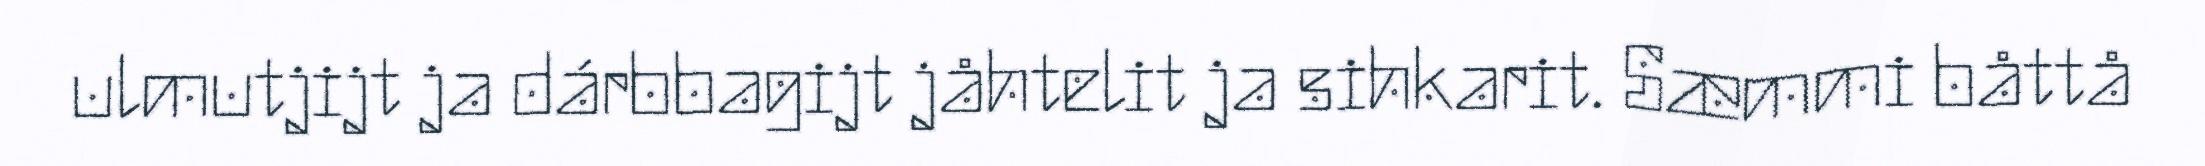
ulmutjijt ja dárbbagijt jåhtelit ja sihkarit. Sæmmi båttå